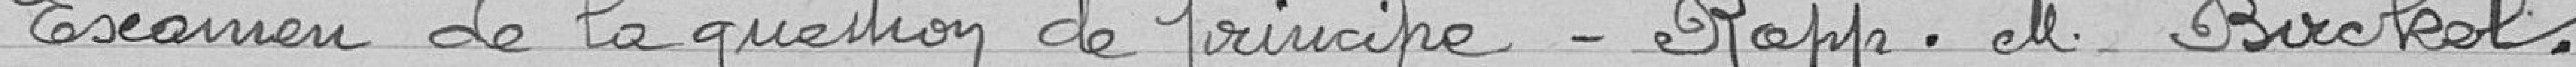
Examen de la question de principe. Rapp. M. Birckel.